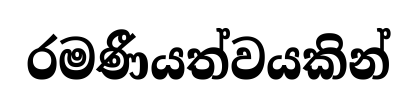
රමණීයත්වයකින්